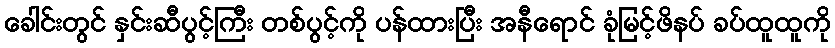
ခေါင်းတွင် နှင်းဆီပွင့်ကြီး တစ်ပွင့်ကို ပန်ထားပြီး အနီရောင် ခုံမြင့်ဖိနပ် ခပ်ထူထူကို